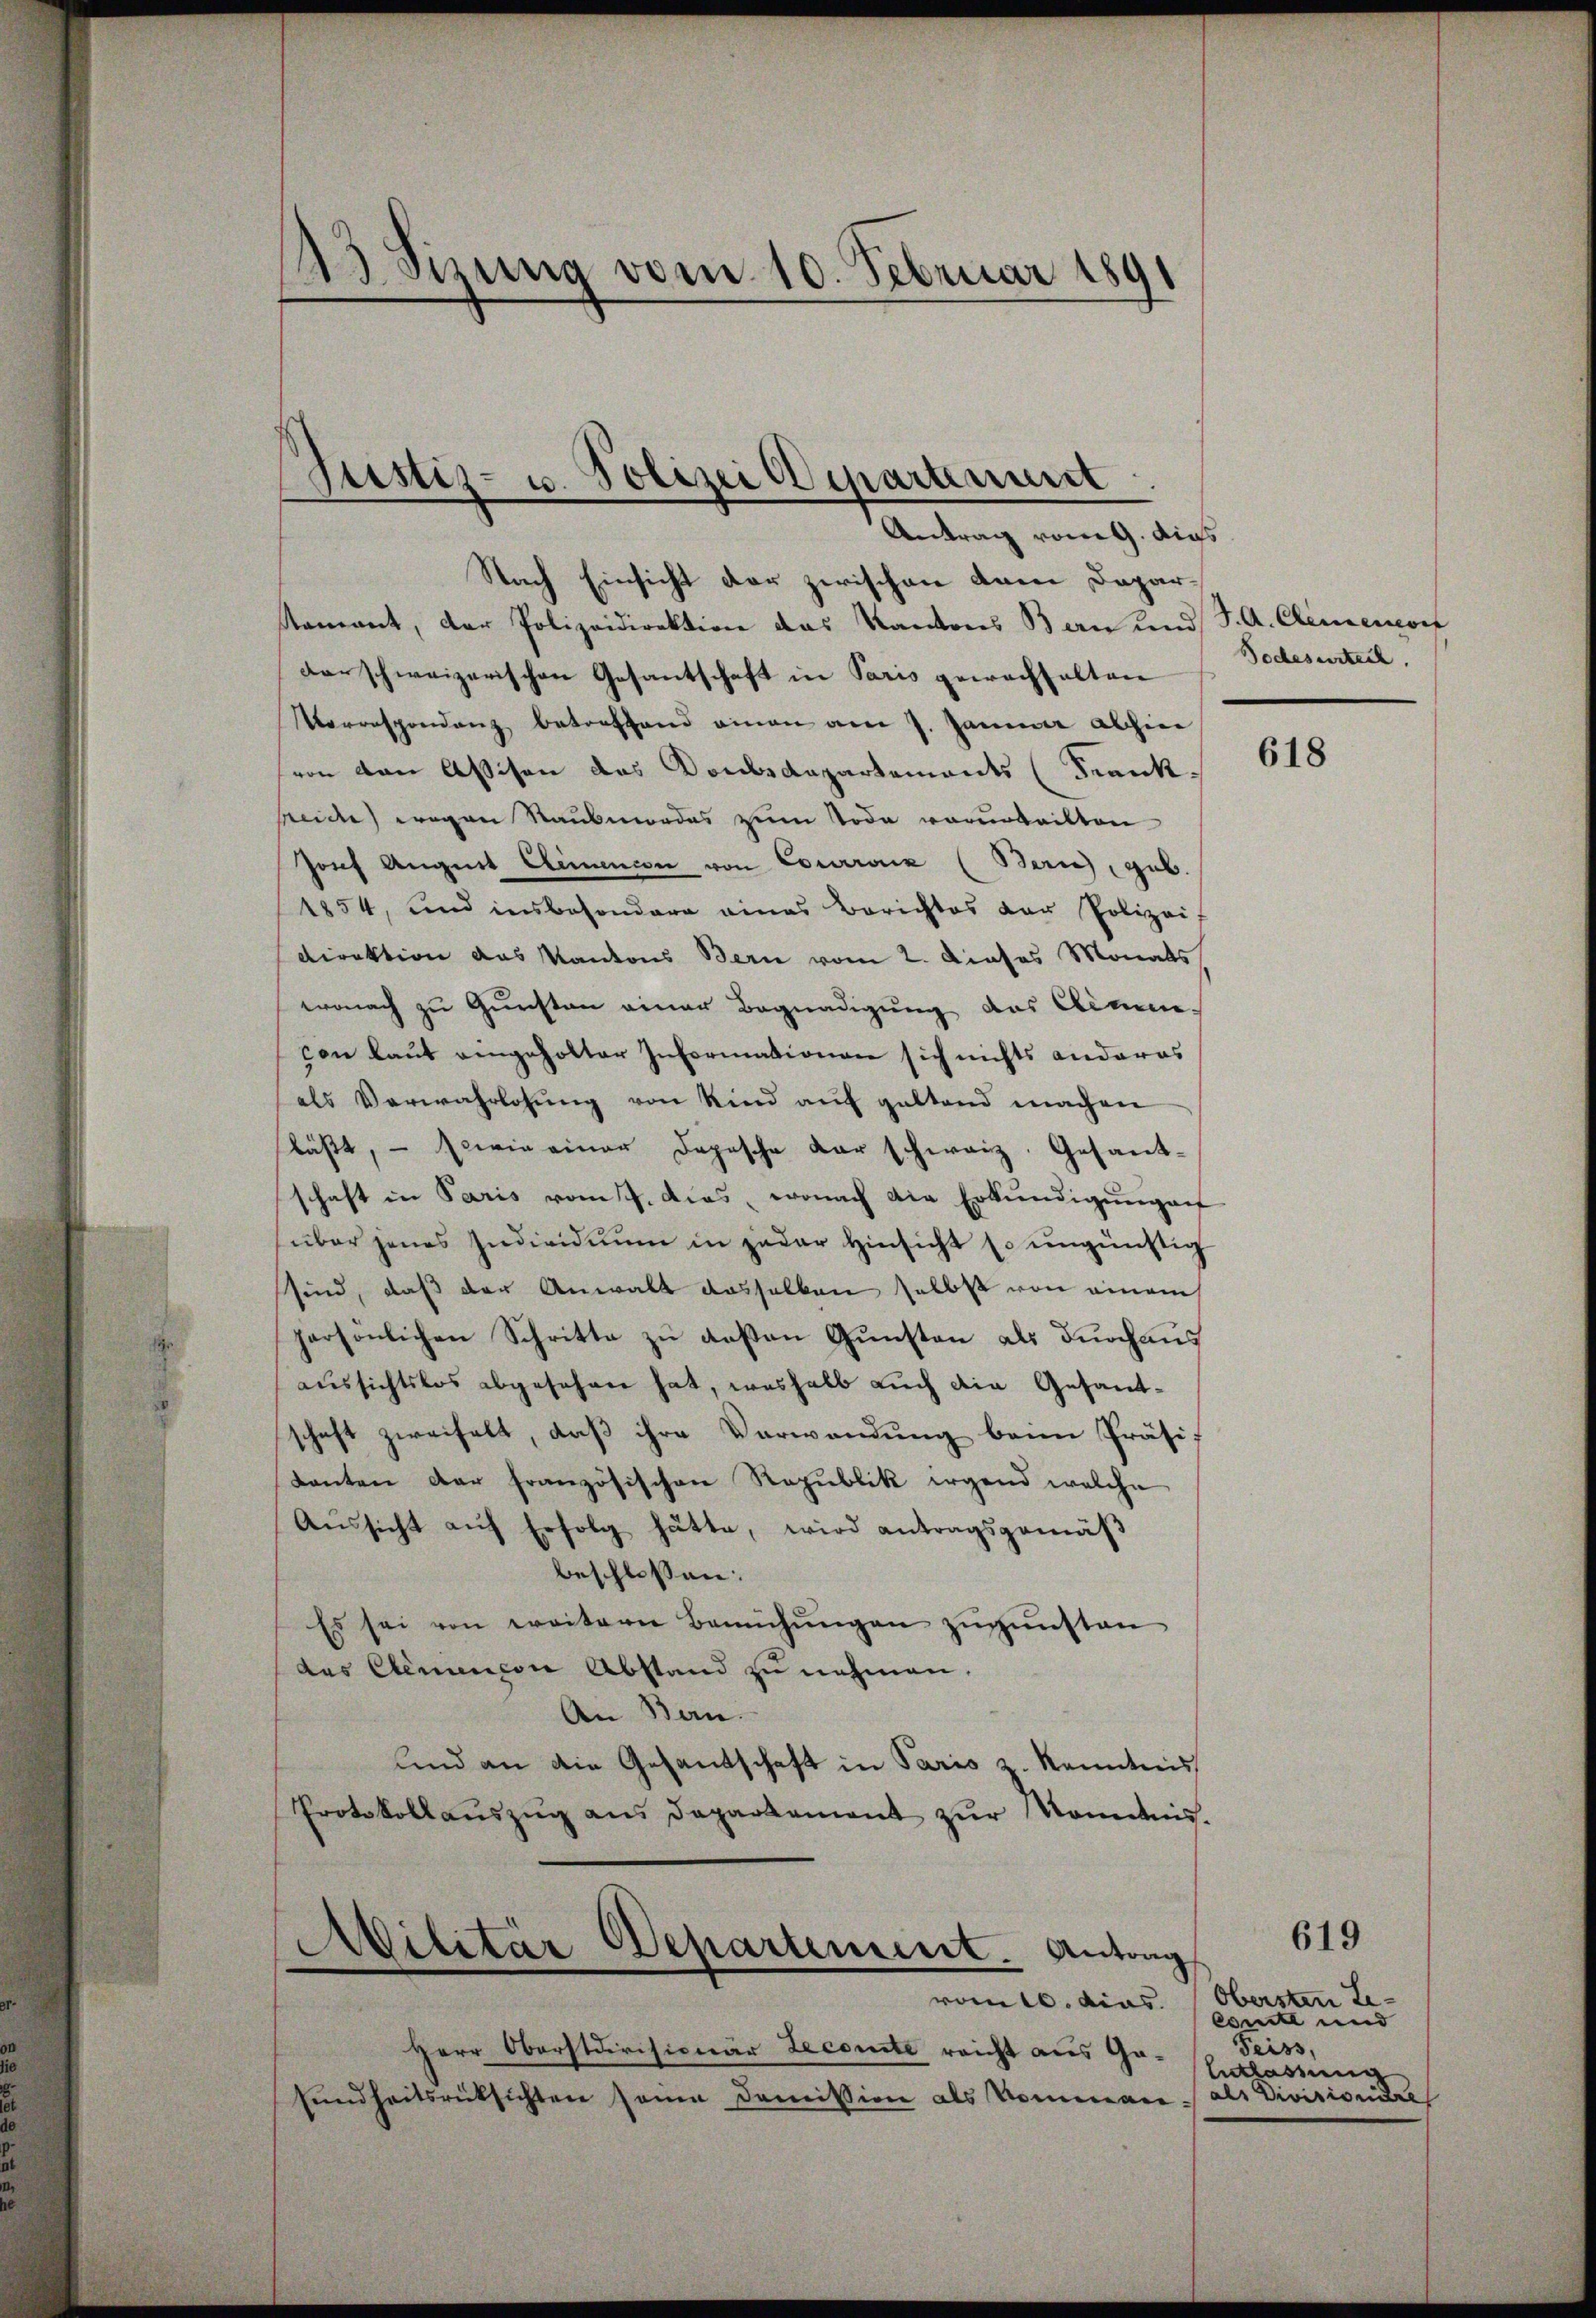
43 Sizung vom 10. Februar 1891

Nach Einsicht der zwischen dem Deparstament, der Polizeidirektion das Kantons Bern und J. A. Clemendorf
darschweizerischen Gesantschaft in Paris gewachhalten
Vorrespondenz betreffend einen am 7. Januar abhin
von den Assison das Dombsdepartements (Frankseide wegen Raubmordes zum Tode vorurteilten
Josef August Clemencon von Conraz (Bern, geb.
1854, und insbesondere eines Berichtes der Polizei-
Direktion das Kantons Bern vom 2. Dieses Monats
wonach zu Gunsten einer Begnadigung des Alimencon laut eingeholter Informationen sich nichts anderas
als Verwahrlosung von Kind auf geltend machen
lässt, – sowie einer Depesche Dar schweiz. Gesandschaft in Paris vom 7. das, wonach die Erkundigungen
über jenes Individuum in jeder Hinsicht so ungünstig
sind, daß der Anwalt dasselben selbst von einem
persönlichen Schritte zu deßen Gunsten als durchaus
aussichtslos abgesehen hat, weshalb auch die Gesanschaft zweifelt, daß ihre Verwendung beim Präsif
tanten der französischen Republik irgend welche
Aŭssicht aŭf Erfolg hätte, wird antragsgemäβ
beschlossen:
Es sei von weitere Bemühŭngen zugunsten
des Elementon Abstand zu nehmen,
An Ban
lnd an die Gesandschaft in Paris z. Kenntnis
Protokollaŭszŭg ans Departement zŭr Nominis-

Justiz- u. Polizei Departenunt
Antrag vom 9. dies

Militär Departement. Antrag
vom 10. dies. Obersten Le-

Herr Obersteirisionär Lecomte reicht aus Gasŭndheitsrücksichten seine Domission als Komman als Divisionire

Todesurteil.

618

Comte und
Seiss,
Entlassung

619